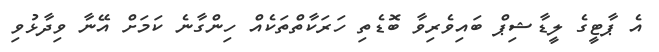
އެ ޕާޓީގެ ލީޑާޝިޕް ބައިވެރިވާ ބޮޑެތި ހަރަކާތްތަކެއް ހިންގާނެ ކަމަށް އޭނާ ވިދާޅުވި